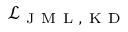
\mathcal { L } _ { \mathrm { ~ J ~ M ~ L ~ , ~ K ~ D ~ } }